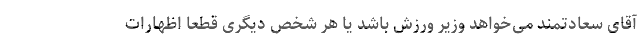
آقای سعادتمند می‌خواهد وزیر ورزش باشد یا هر شخص دیگری قطعاً اظهارات